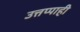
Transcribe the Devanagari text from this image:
उत्तप्पाही